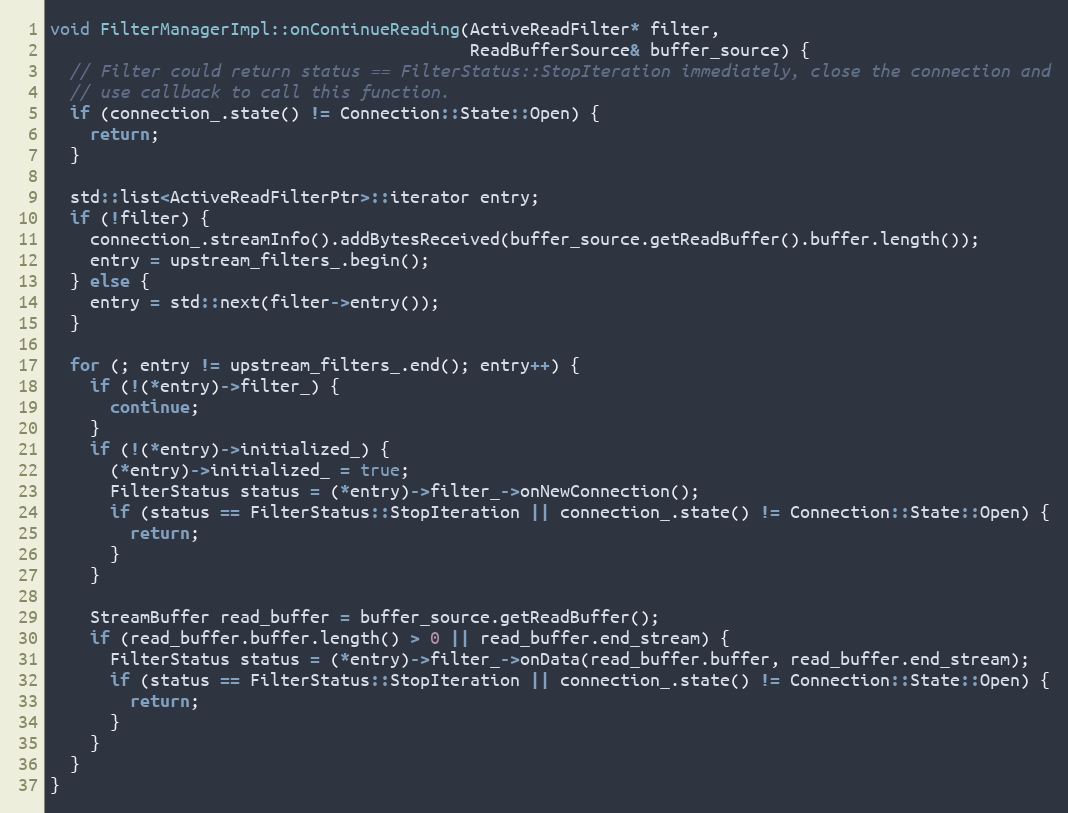
Language: C++
void FilterManagerImpl::onContinueReading(ActiveReadFilter* filter,
                                          ReadBufferSource& buffer_source) {
  // Filter could return status == FilterStatus::StopIteration immediately, close the connection and
  // use callback to call this function.
  if (connection_.state() != Connection::State::Open) {
    return;
  }

  std::list<ActiveReadFilterPtr>::iterator entry;
  if (!filter) {
    connection_.streamInfo().addBytesReceived(buffer_source.getReadBuffer().buffer.length());
    entry = upstream_filters_.begin();
  } else {
    entry = std::next(filter->entry());
  }

  for (; entry != upstream_filters_.end(); entry++) {
    if (!(*entry)->filter_) {
      continue;
    }
    if (!(*entry)->initialized_) {
      (*entry)->initialized_ = true;
      FilterStatus status = (*entry)->filter_->onNewConnection();
      if (status == FilterStatus::StopIteration || connection_.state() != Connection::State::Open) {
        return;
      }
    }

    StreamBuffer read_buffer = buffer_source.getReadBuffer();
    if (read_buffer.buffer.length() > 0 || read_buffer.end_stream) {
      FilterStatus status = (*entry)->filter_->onData(read_buffer.buffer, read_buffer.end_stream);
      if (status == FilterStatus::StopIteration || connection_.state() != Connection::State::Open) {
        return;
      }
    }
  }
}